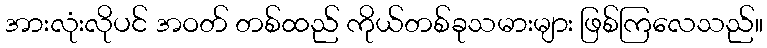
အားလုံးလိုပင် အဝတ် တစ်ထည် ကိုယ်တစ်ခုသမားများ ဖြစ်ကြလေသည်။